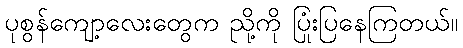
ပုစွန်ကျော့လေးတွေက ညို့ကို ပြုံးပြနေကြတယ်။